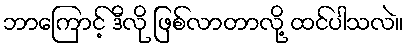
ဘာကြောင့် ဒီလို ဖြစ်လာတာလို့ ထင်ပါသလဲ။